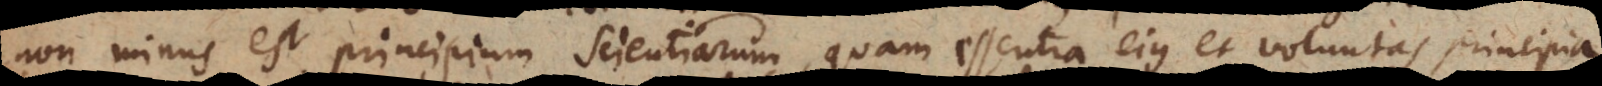
non minus est principium Scientiarum, quam essentia ejus et voluntas principia